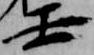
壬